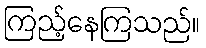
ကြည့်နေကြသည်။